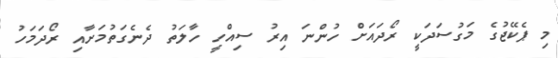
މި ޕެކޭޖުގެ މަގުސަދަކީ ރޯދައަށް ހުންނަ އިރު ސިއްހީ ހާލަތު ދެނެގަތުމަށާއި ރޯދަމަހު